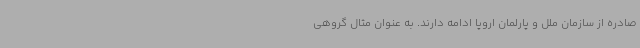
صادره از سازمان ملل و پارلمان اروپا ادامه دارند. به عنوان مثال گروهی